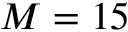
M = 1 5